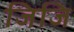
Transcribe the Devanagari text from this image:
जिजि